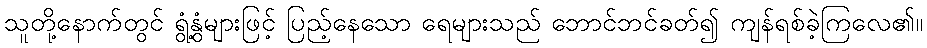
သူတို့နောက်တွင် ရွံ့နွံများဖြင့် ပြည့်နေသော ရေများသည် ဘောင်ဘင်ခတ်၍ ကျန်ရစ်ခဲ့ကြလေ၏။